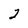
Character: 2